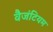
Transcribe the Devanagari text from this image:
वैजंटियम